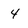
Character: 4